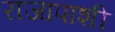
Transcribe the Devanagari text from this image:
राजापाशी